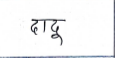
मजकूर: दादू